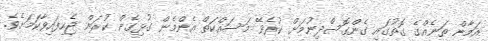
އަމާން ތަނެއްގެ ގޮތުގައި ގެންގޮސްދިނުމަަށް ކުރެވޭ މަސައްކަތް އެންމެން ގުޅިގެން ކުރަން ޖެހިފައިވާކަމަށެވެ.